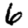
Digit: 6